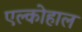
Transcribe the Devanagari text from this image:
एल्कोहाल